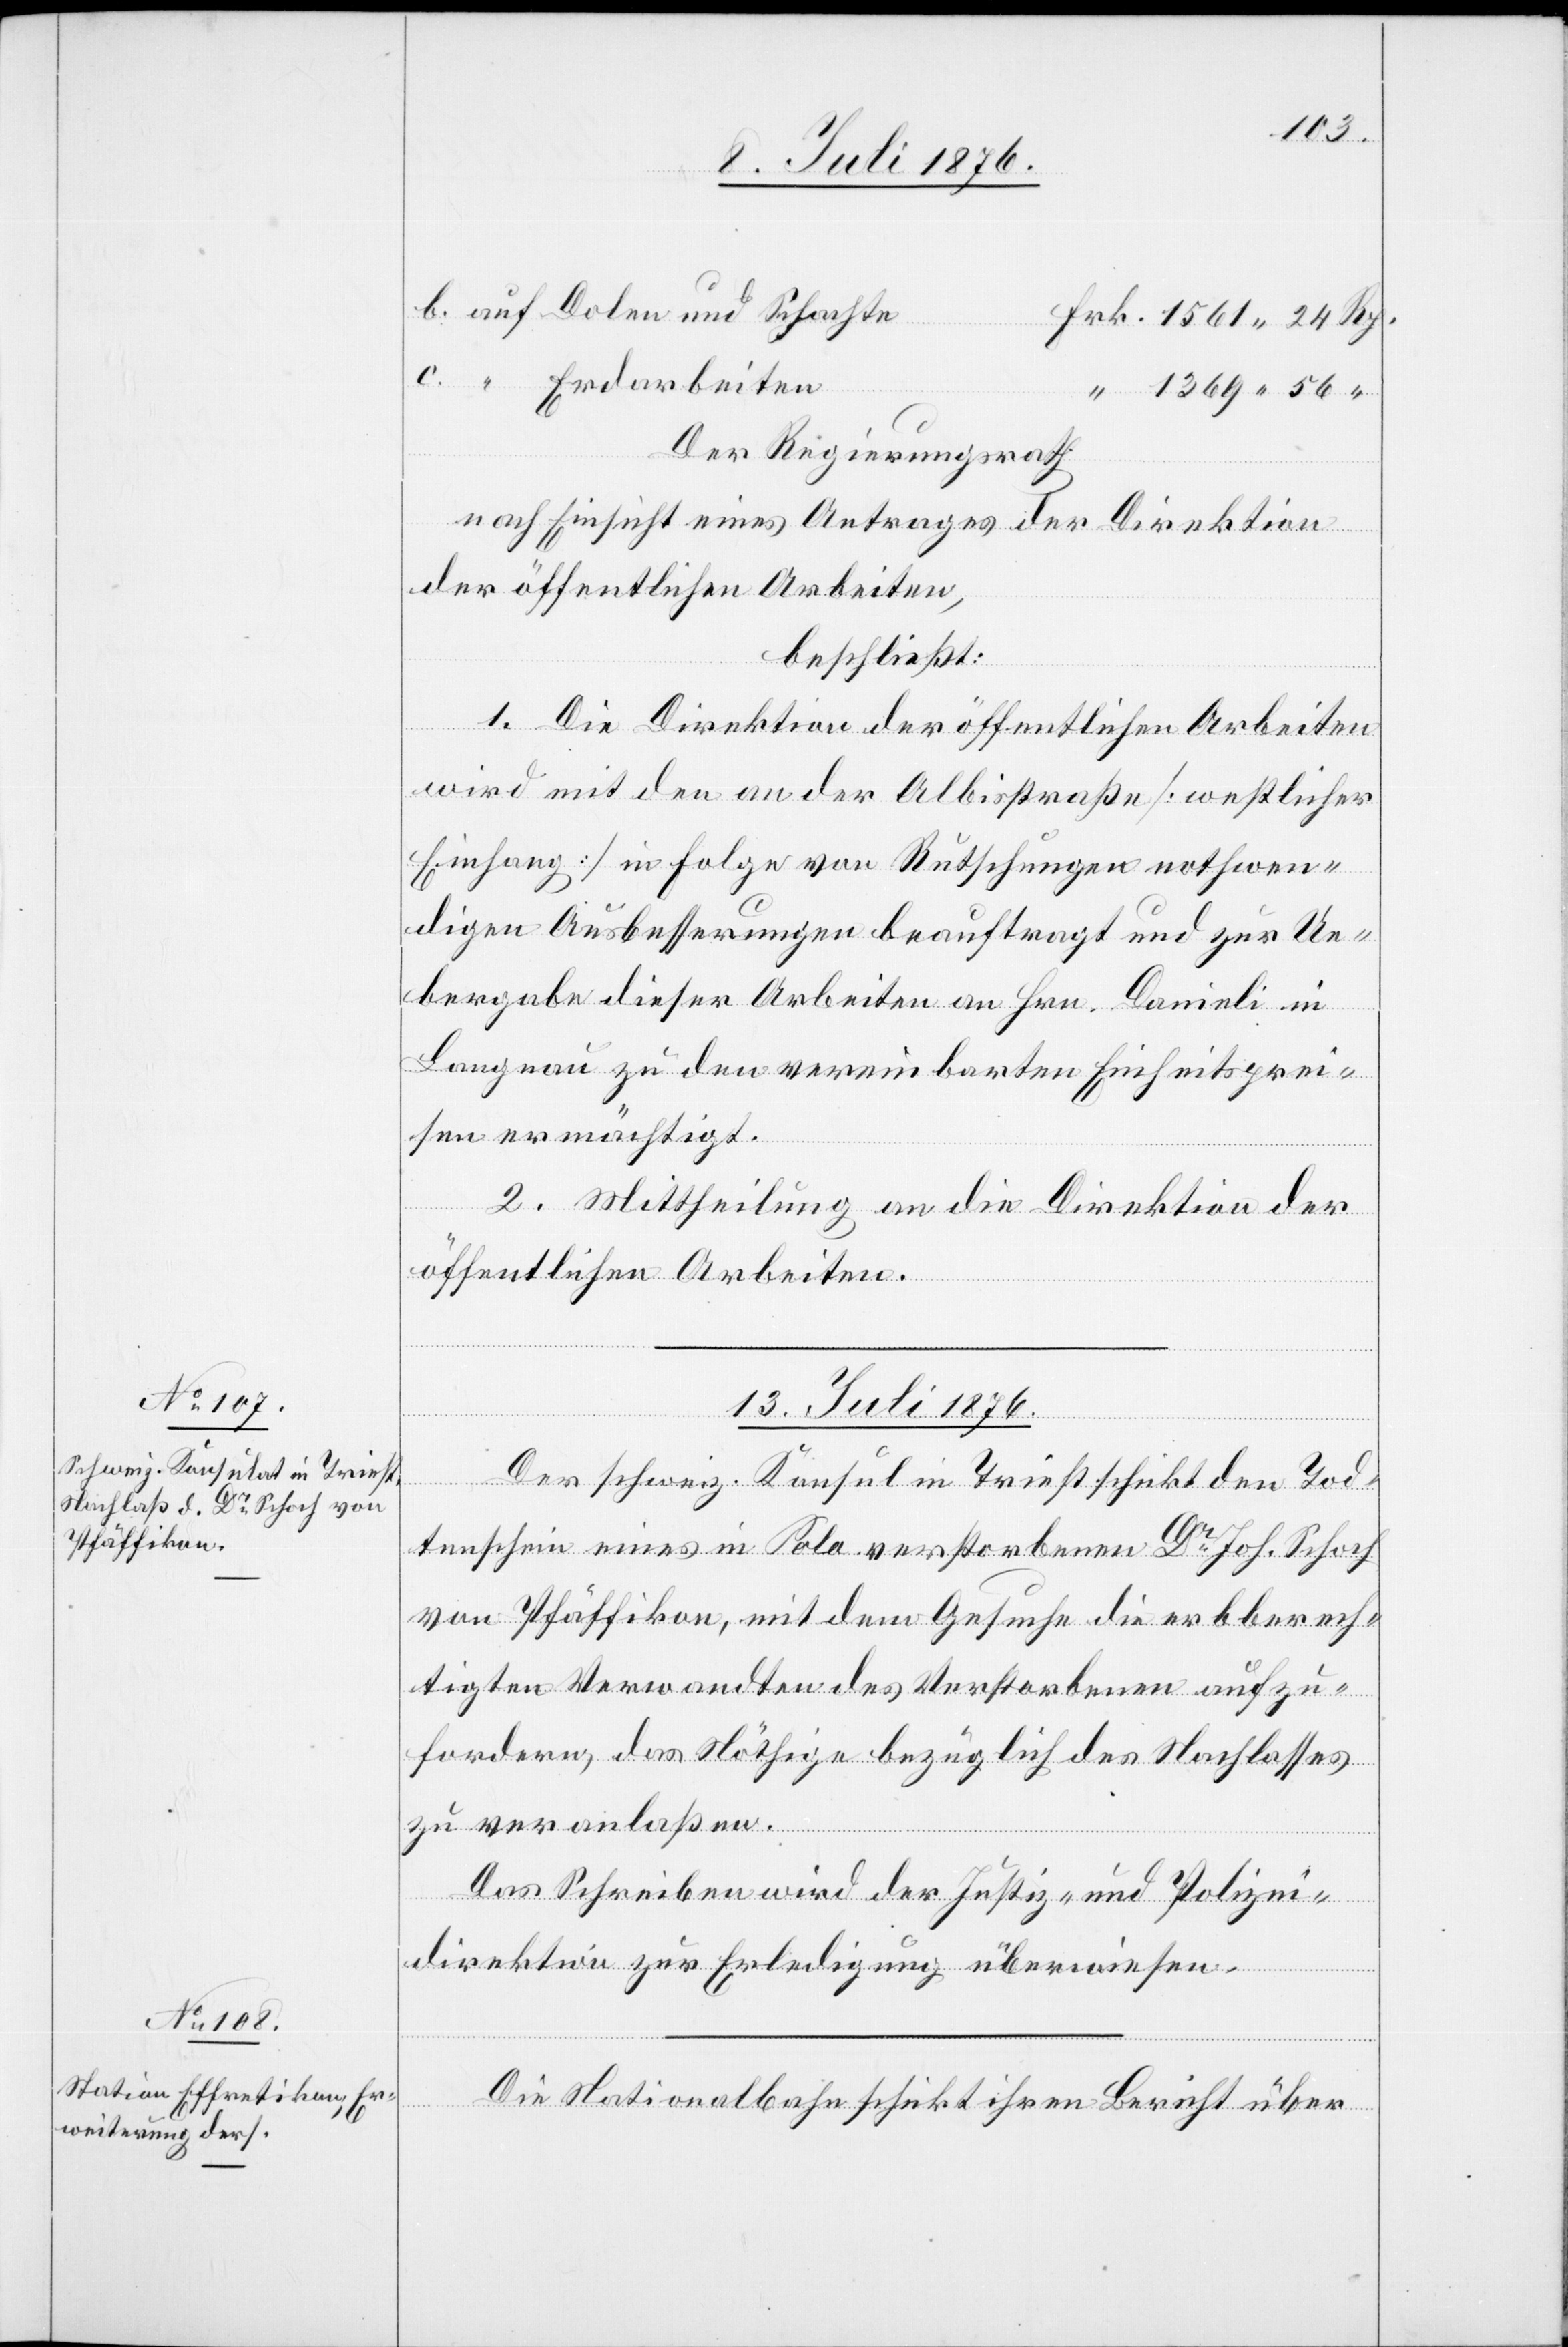
Der Regierungsrath,
nach Einsicht eines Antrages der Direktion
der öffentlichen Arbeiten,
beschließt:
1. Die Direktion der öffentlichen Arbeiten
wird mit den an der Albisstraße [westlicher
Eingang] in Folge von Rutschungen nothwen¬
digen Ausbesserungen beauftragt und zur Ue¬
bergabe dieser Arbeiten an Hrn. Danieli in
Langnau zu den vereinbarten Einheitsprei¬
sen ermächtigt.
2. Mittheilung an die Direktion der
öffentlichen Arbeiten.
13. Juli 1876.]
Der schweiz. Konsul in Triest schickt den Tod¬
tenschein eines in Pola verstorbenen Dr Joh. Schoch
von Pfäffikon, mit dem Gesuche die erbberech¬
tigten Verwandten des Verstorbenen aufzu¬
fordern, das Nöthige bezüglich des Nachlasses
zu veranlaßen.
Das Schreiben wird der Justiz- und Polizei¬
direktion zur Erledigung überwiesen.
Die Nationalbahn schickt ihren Bericht über